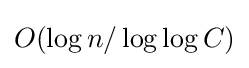
O(\log n/\log \log C)